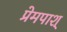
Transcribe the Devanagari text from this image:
प्रेमपाश्